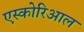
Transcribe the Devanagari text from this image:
एस्कोरिआल